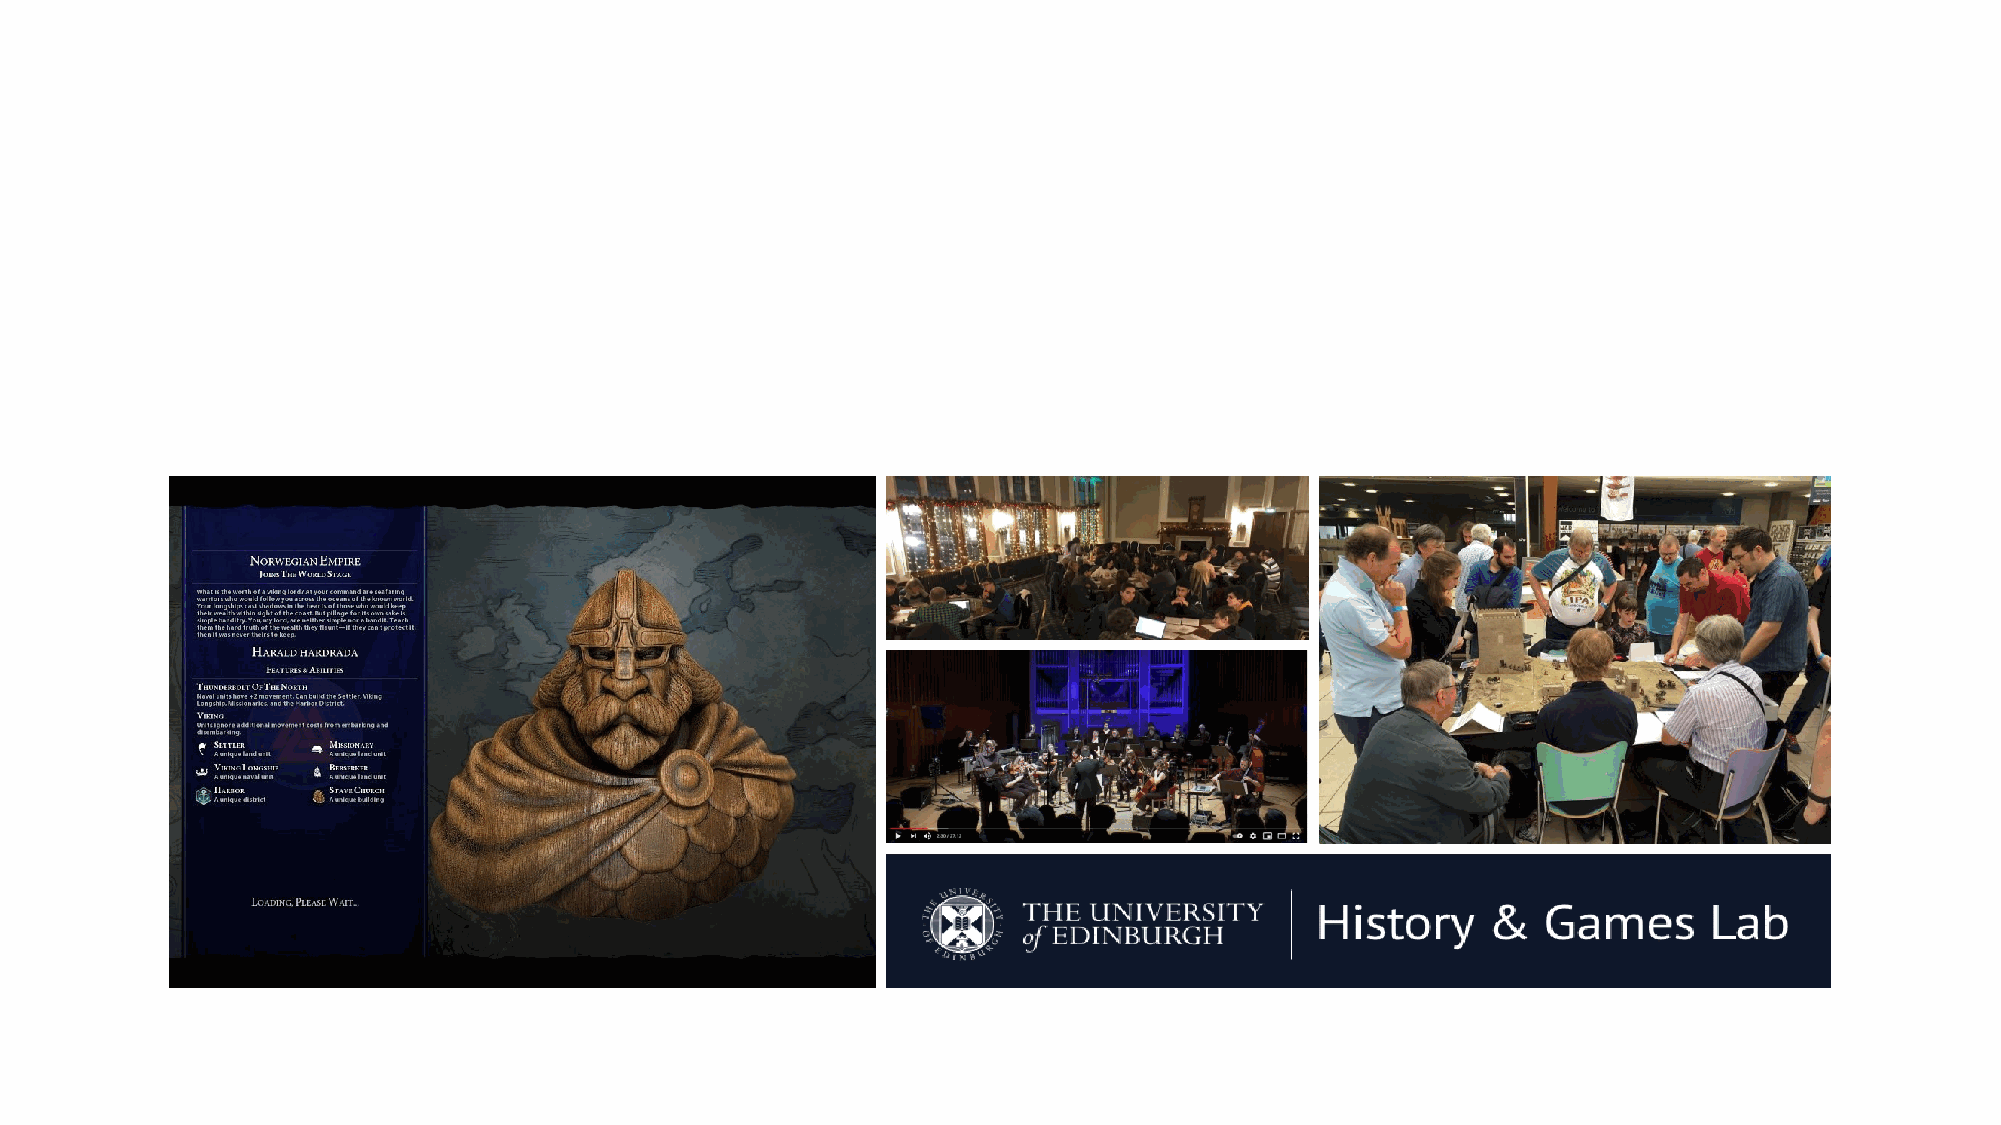
Outreach             through            Game           Design,          Live
 Performances                    and      Animation